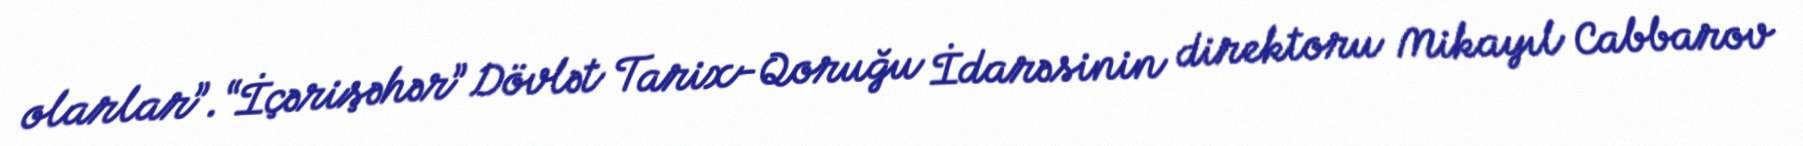
olarlar”.“İçərişəhər” Dövlət Tarix-Qoruğu İdarəsinin direktoru Mikayıl Cabbarov